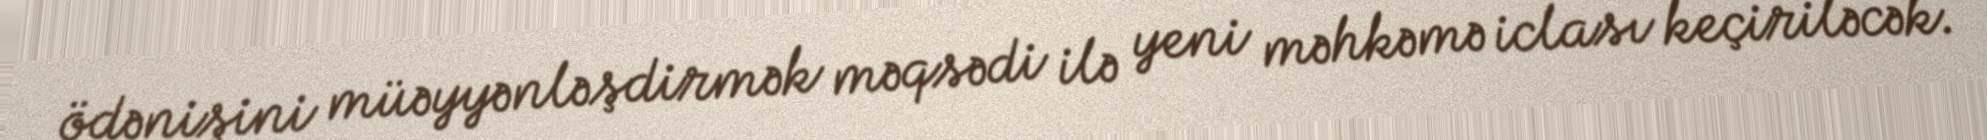
ödənişini müəyyənləşdirmək məqsədi ilə yeni məhkəmə iclası keçiriləcək.